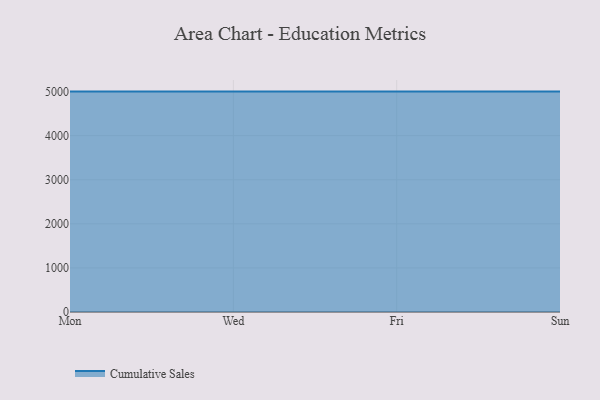
{"axis": {"x": "Day", "y": "LTV (USD)"}, "legend": ["Cumulative Sales"], "data": [{"x": "Mon", "y": 5000, "type": "Cumulative Sales"}, {"x": "Wed", "y": 5000, "type": "Cumulative Sales"}, {"x": "Fri", "y": 5000, "type": "Cumulative Sales"}, {"x": "Sun", "y": 5000, "type": "Cumulative Sales"}]}